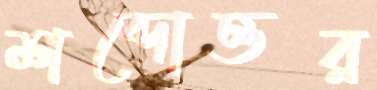
শব্দোত্তর